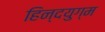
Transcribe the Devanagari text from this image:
हिन्दयुग्म